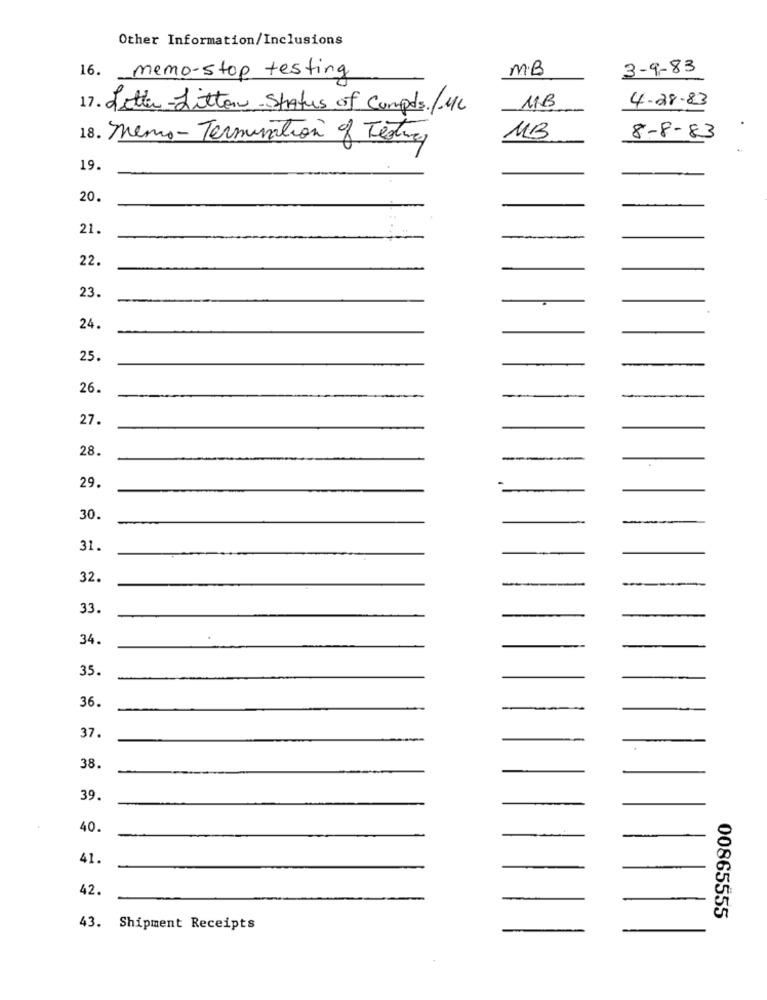
Other Information/Inclusions
16. memo-stop testing
MB
3-9-83
4.28.83
17. Letter-Litton-Status of Cumpts./ML
11B
18. Memo-Termination of Testing
MB
8-8-83
19.
20.
21.
22.
23.
24.
25.
26.
27.
28.
29.
30.
31.
32.
33.
34.
35.
36.
37.
38.
39.
40.
41.
42.
00865555
43. Shipment Receipts